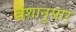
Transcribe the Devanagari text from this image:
वंशानुसार